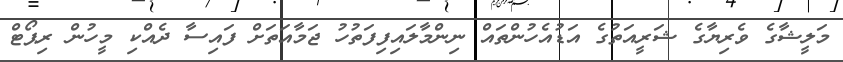
މަލީޝާގެ ވެރިޔާގެ ޝަރީއަތުގެ އަޑުއެހުންތައް ނިންމާލައިފިފަތުހު ޖަމާއަތަށް ފައިސާ ދެއްކި މީހުން ރިޕޯޓް